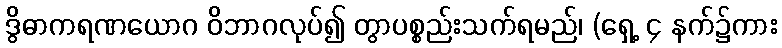
ဒွိဓာကရဏယောဂ ဝိဘာဂလုပ်၍ တွာပစ္စည်းသက်ရမည်၊ (ရှေ့ ၄ နက်၌ကား